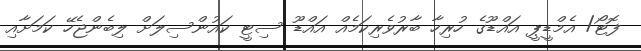
ފޮޓޯ/ އެމްޑީޕީ އައްޑޫގެ ހުރިހާ ބާރުވެރިކަމެއް އައްޑޫ ސިޓީ ކައުންސިލަށް ލިބެންޖެހޭ ކަމަށާއި